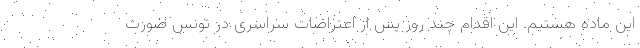
این ماده هستیم. این اقدام چند روز پس از اعتراضات سراسری در تونس صورت